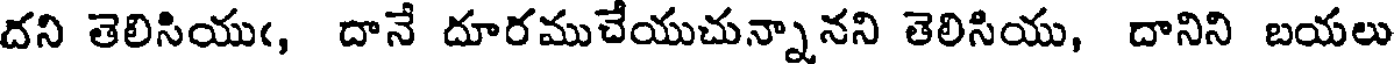
దని తెలిసియుఁ, దానే దూరముచేయుచున్నానని తెలిసియు, దానిని బయలు